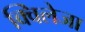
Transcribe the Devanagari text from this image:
क्विलेजा